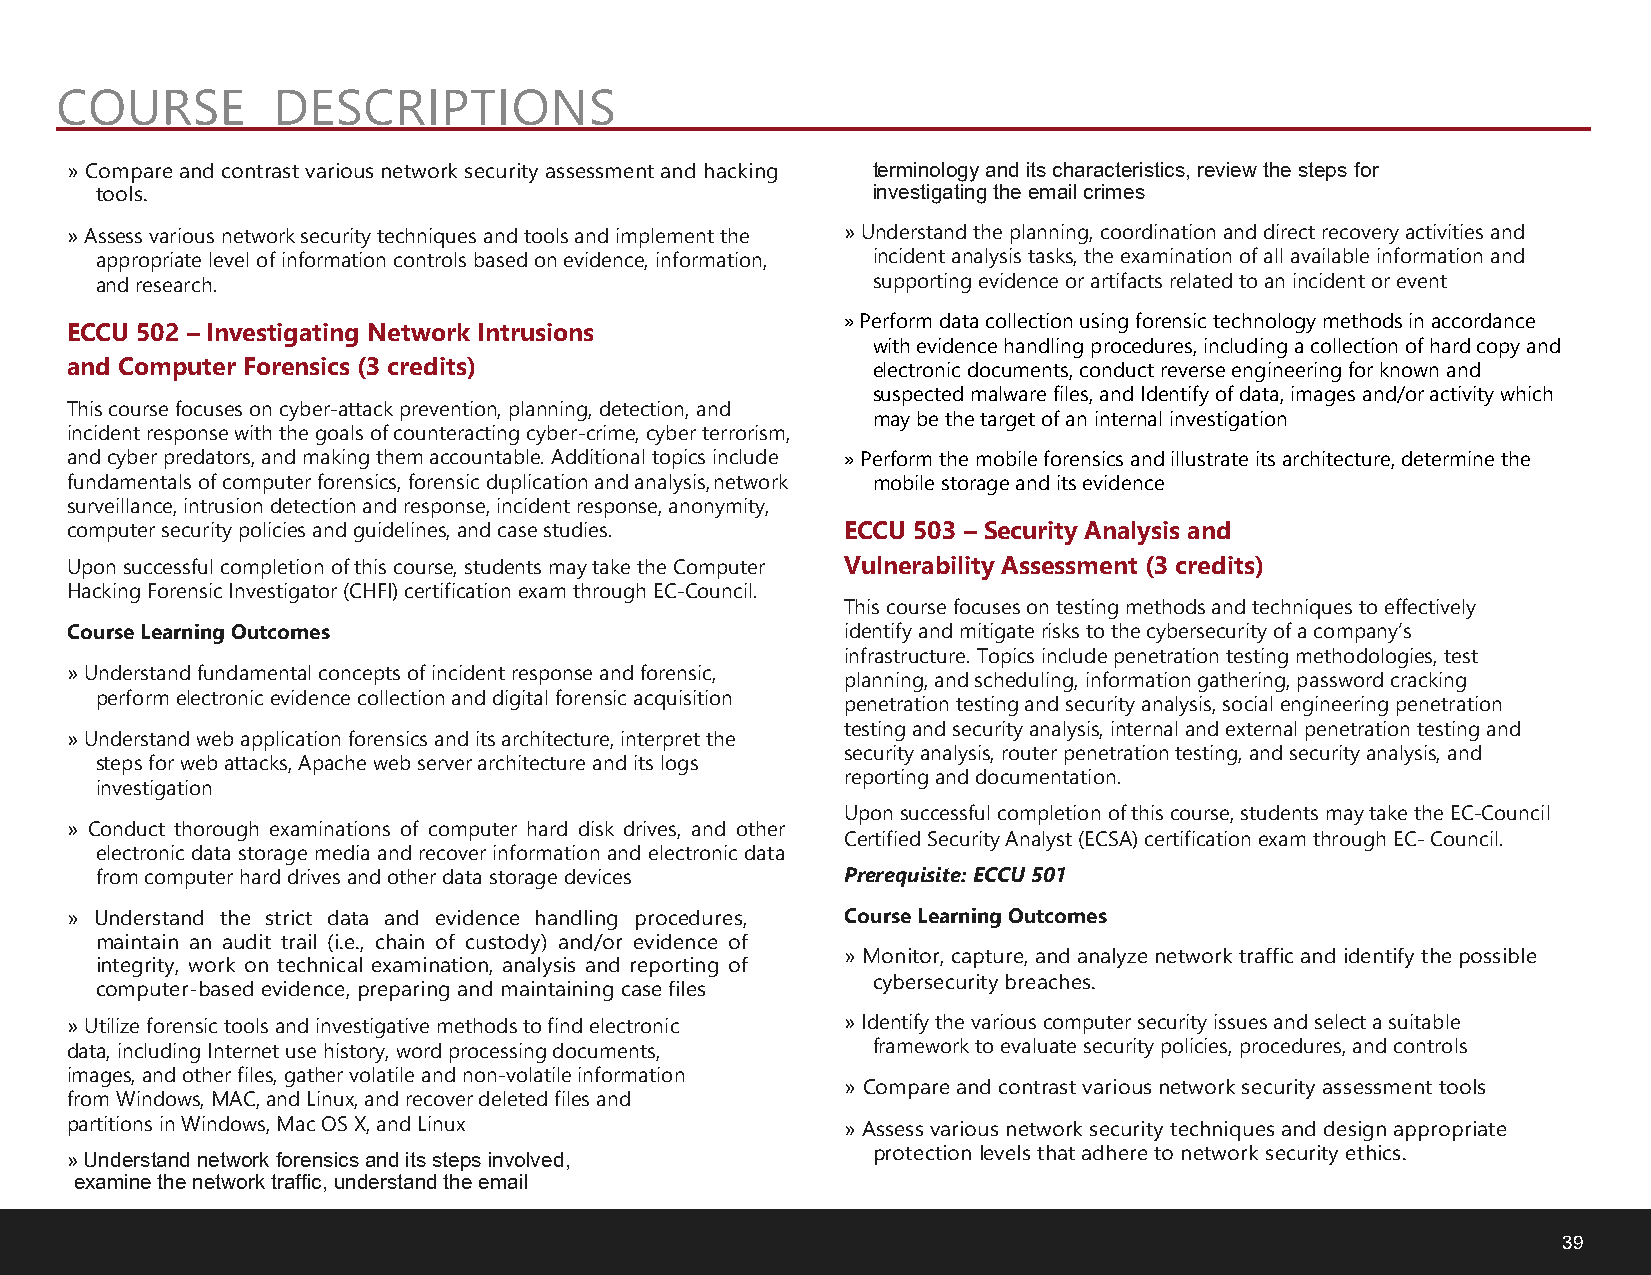
COURSE        DESCRIPTIONS
 » Compare and contrast various network security assessment and hacking terminology and its characteristics, review the steps for
 tools.                                              investigating the email crimes
 »Assess various network security techniques and tools and implement the »Understand the planning, coordination and direct recovery activities and
 appropriate level of information controls based on evidence, information, incident analysis tasks, the examination of all available information and
 and research.                                       supporting evidence or artifacts related to an incident or event
 »Perform data collection using forensic technology methods in accordance
 ECCU 502 – Investigating Network Intrusions
 with evidence handling procedures, including a collection of hard copy and
 and Computer Forensics (3 credits)                    electronic documents, conduct reverse engineering for known and
 suspected malware files, and Identify of data, images and/or activity which
 This course focuses on cyber-attack prevention, planning, detection, and
 may be the target of an internal investigation
 incident response with the goals of counteracting cyber-crime, cyber terrorism,
 and cyber predators, and making them accountable. Additional topics include »Perform the mobile forensics and illustrate its architecture, determine the
 fundamentals of computer forensics, forensic duplication and analysis, network mobile storage and its evidence
 surveillance, intrusion detection and response, incident response, anonymity,
 computer security policies and guidelines, and case studies. ECCU 503 – Security Analysis and
 Upon successful completion of this course, students may take the Computer Vulnerability Assessment (3 credits)
 Hacking Forensic Investigator (CHFI) certification exam through EC-Council.
 This course focuses on testing methods and techniques to effectively
 Course Learning Outcomes                            identify and mitigate risks to the cybersecurity of a company’s
 infrastructure. Topics include penetration testing methodologies, test
 »Understand fundamental concepts of incident response and forensic,
 planning, and scheduling, information gathering, password cracking
 perform electronic evidence collection and digital forensic acquisition
 penetration testing and security analysis, social engineering penetration
 testing and security analysis, internal and external penetration testing and
 »Understand web application forensics and its architecture, interpret the
 security analysis, router penetration testing, and security analysis, and
 steps for web attacks, Apache web server architecture and its logs
 reporting and documentation.
 investigation
 Upon successful completion of this course, students may take the EC-Council
 » Conduct thorough examinations of computer hard disk drives, and other
 Certified Security Analyst (ECSA) certification exam through EC- Council.
 electronic data storage media and recover information and electronic data
 from computer hard drives and other data storage devices Prerequisite: ECCU 501
 » Understand the strict data and evidence handling procedures, Course Learning Outcomes
 maintain an audit trail (i.e., chain of custody) and/or evidence of
 » Monitor, capture, and analyze network traffic and identify the possible
 integrity, work on technical examination, analysis and reporting of
 cybersecurity breaches.
 computer-based evidence, preparing and maintaining case files
 »Utilize forensic tools and investigative methods to find electronic »Identify the various computer security issues and select a suitable
 data, including Internet use history, word processing documents, framework to evaluate security policies, procedures, and controls
 images, and other files, gather volatile and non-volatile information
 » Compare and contrast various network security assessment tools
 from Windows, MAC, and Linux, and recover deleted files and
 partitions in Windows, Mac OS X, and Linux          »Assess various network security techniques and design appropriate
 »Understand network forensics and its steps involved, protection levels that adhere to network security ethics.
 examine the network traffic, understand the email
 39